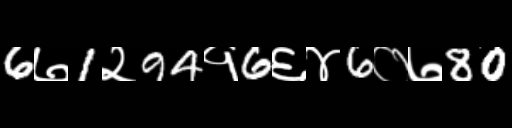
Text: 6७1२94१6६४6०७80